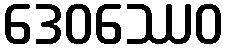
ဒေဝဿေဝ